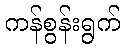
ကန်စွန်းရွက်